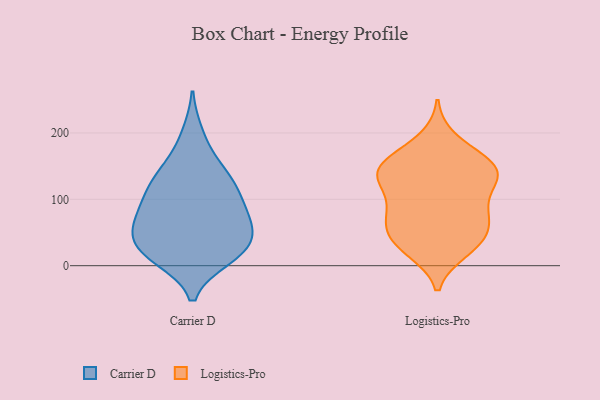
{"axis": {"x": "Operating Costs (USD K)", "y": "Value"}, "legend": ["Carrier D", "Logistics-Pro"], "data": [{"x": "", "y": 20, "type": "Carrier D"}, {"x": "", "y": 112, "type": "Carrier D"}, {"x": "", "y": 63, "type": "Carrier D"}, {"x": "", "y": 198, "type": "Carrier D"}, {"x": "", "y": 51, "type": "Carrier D"}, {"x": "", "y": 34, "type": "Carrier D"}, {"x": "", "y": 81, "type": "Carrier D"}, {"x": "", "y": 159, "type": "Carrier D"}, {"x": "", "y": 81, "type": "Carrier D"}, {"x": "", "y": 19, "type": "Carrier D"}, {"x": "", "y": 133, "type": "Carrier D"}, {"x": "", "y": 123, "type": "Carrier D"}, {"x": "", "y": 129, "type": "Carrier D"}, {"x": "", "y": 15, "type": "Carrier D"}, {"x": "", "y": 40, "type": "Carrier D"}, {"x": "", "y": 60, "type": "Carrier D"}, {"x": "", "y": 12, "type": "Carrier D"}, {"x": "", "y": 91, "type": "Carrier D"}, {"x": "", "y": 76, "type": "Logistics-Pro"}, {"x": "", "y": 128, "type": "Logistics-Pro"}, {"x": "", "y": 28, "type": "Logistics-Pro"}, {"x": "", "y": 151, "type": "Logistics-Pro"}, {"x": "", "y": 137, "type": "Logistics-Pro"}, {"x": "", "y": 148, "type": "Logistics-Pro"}, {"x": "", "y": 23, "type": "Logistics-Pro"}, {"x": "", "y": 165, "type": "Logistics-Pro"}, {"x": "", "y": 135, "type": "Logistics-Pro"}, {"x": "", "y": 46, "type": "Logistics-Pro"}, {"x": "", "y": 139, "type": "Logistics-Pro"}, {"x": "", "y": 73, "type": "Logistics-Pro"}, {"x": "", "y": 70, "type": "Logistics-Pro"}, {"x": "", "y": 31, "type": "Logistics-Pro"}, {"x": "", "y": 190, "type": "Logistics-Pro"}, {"x": "", "y": 76, "type": "Logistics-Pro"}, {"x": "", "y": 155, "type": "Logistics-Pro"}, {"x": "", "y": 44, "type": "Logistics-Pro"}, {"x": "", "y": 97, "type": "Logistics-Pro"}, {"x": "", "y": 120, "type": "Logistics-Pro"}]}